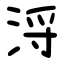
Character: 浖